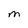
Character: M